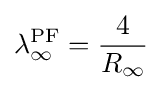
\lambda _{\infty }^{\text{PF}}={\frac {4}{R_{\infty }}}